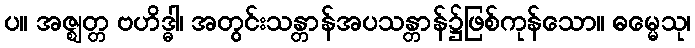
ပ။ အဇ္ဈတ္တ ဗဟိဒ္ဓါ၊ အတွင်းသန္တာန်အပသန္တာန်၌ဖြစ်ကုန်သော။ ဓမ္မေသု၊